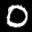
Label: 0